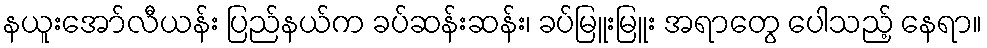
နယူးအော်လီယန်း ပြည်နယ်က ခပ်ဆန်းဆန်း၊ ခပ်မြူးမြူး အရာတွေ ပေါသည့် နေရာ။